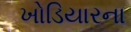
ખોડિયારના